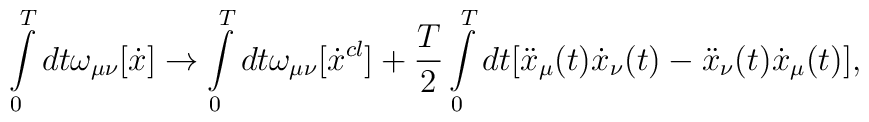
\int\limits_0^T{dt}\omega_{\mu \nu}[\dot x]\to \int\limits_0^T{dt\omega_{\mu \nu}}[\dot x^{cl}]+\frac{T}{2}\int\limits_0^T {dt[\ddot x_\mu}(t)\dot x_\nu(t) - \ddot x_\nu(t)\dot x_\mu(t)],